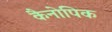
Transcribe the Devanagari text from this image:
कैनोपिक